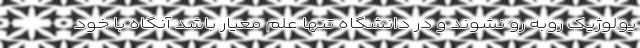
یولوژیک روبه رو نشوند و در دانشگاه تنها علم معیار باشد آنگاه با خود